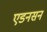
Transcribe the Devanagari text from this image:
एडनसन